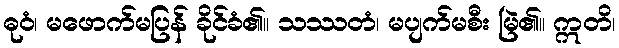
ဓုဝံ၊ မဖောက်မပြန် ခိုင်ခံ၏။ သဿတံ၊ မပျက်မစီး မြဲ၏။ ဣတိ၊